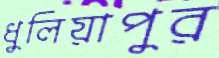
ধুলিয়াপুর